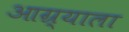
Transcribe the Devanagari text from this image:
आग्र्‍याला